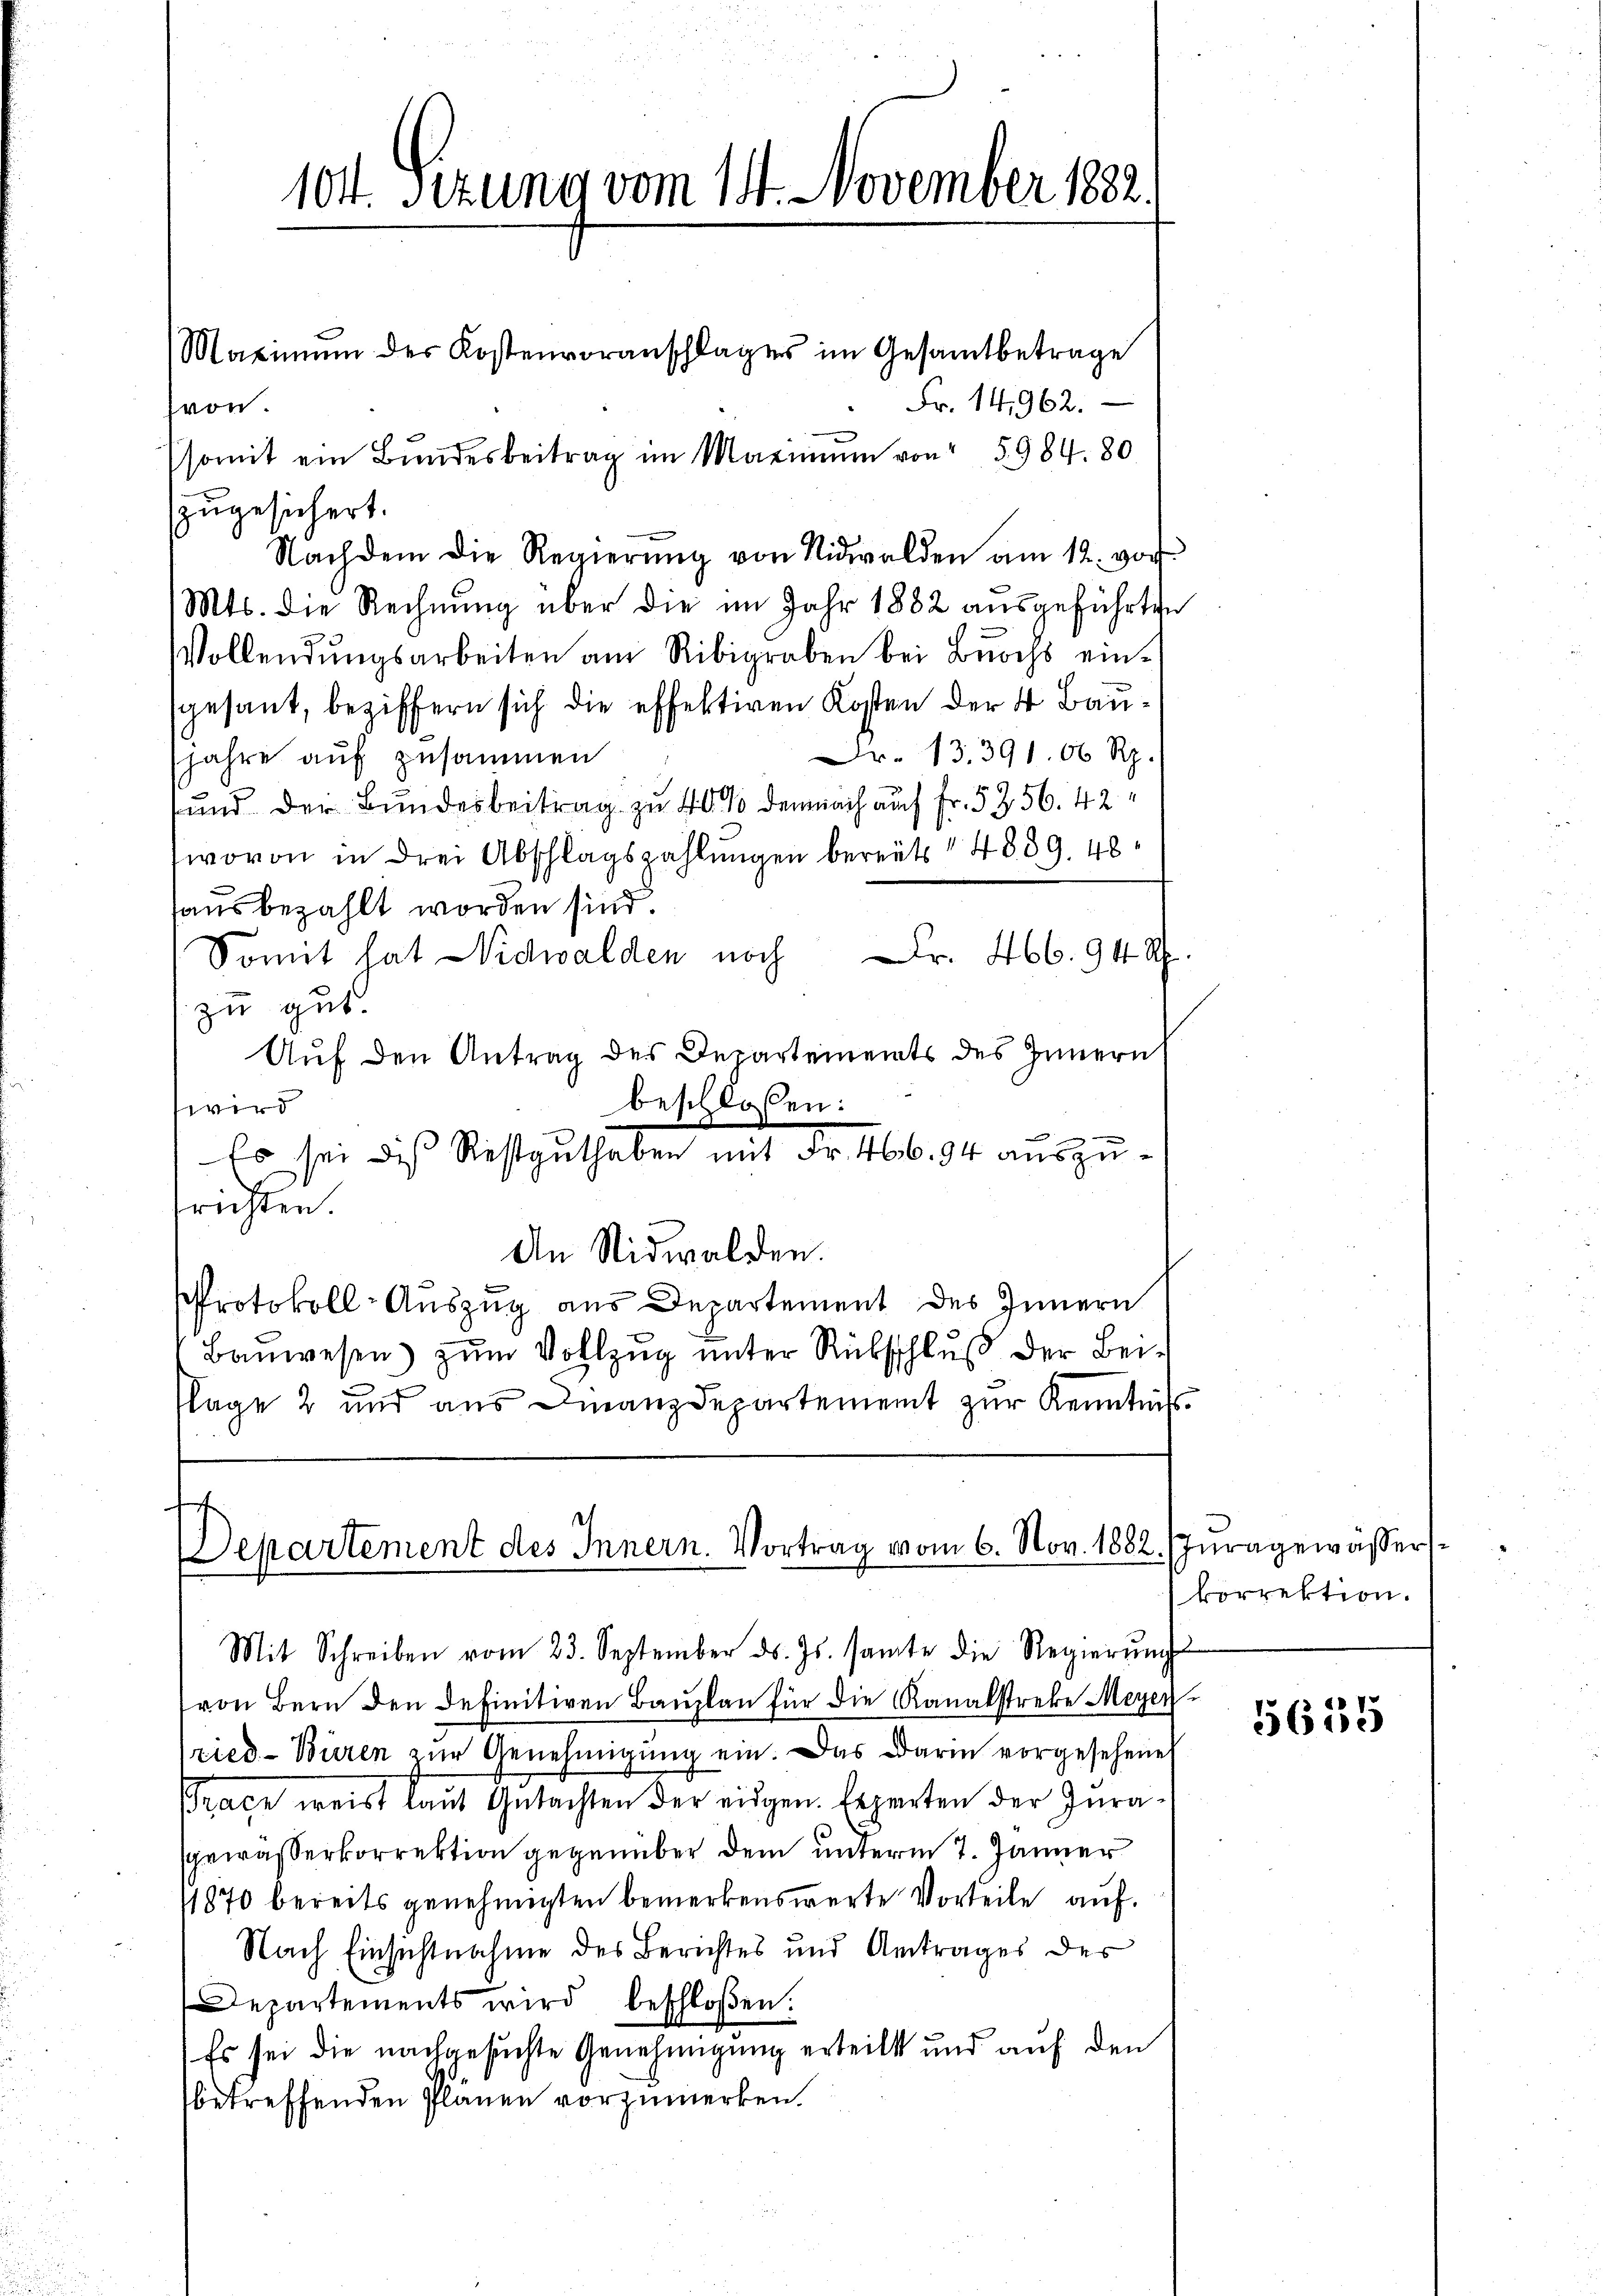
104. Sizung vom 14. November 1882.

Maximŭm der Kostenvoranschlages im Gesamtbetrage

1
epartement des Innern. Vortrag vom 6. Nov. 1882. Juragewässers

Fr. 14,962.
von.
somit ein Bundesbeitrag im Marinum von 5. 984. 80
zugesichert.
Nachdem die Regierŭng von Nidwalden am 12. vor.
Mts. die Rechnung über die im Jahr 1882 ausgeführten
Vollendŭngsarbeiten am Ribigraben bei Bŭochs ein-
gesant, beziffern sich die effektiven Kosten der 4 Bau¬
Fr. 13. 391. 66 Rp.
jahre auf zusammen
und der Bundesbeitrag zu 40% demnach auf Fr. 5256. 42
wovon in drei Abschlagszahlungen bereits 14889. 48
haus bezahlt worden sind.
Somit hat Nidwalden noch Fr. 466. 94 Rp.
zu gut.
Auf den Antrag des Departements des Innern
beschlossen:
wird
.
Es sei dis Restguthaben mit Fr. 466.94 auszufrichten.
An Nidwalden.
Protokoll-Auszug aus Departement des Innern
Baŭwesen zum Vollzug unter Rückschluß der Beiflage 2 und aus Finanzdepartement zur Kenntniß

Mit Schreiben vom 23. September ds. Js. samte die Regierŭng
von Bern den definitiven Bauplan für die Kanalstreke Meyerried-Büren zur Genehmigung ein. Das Darin vorgesehene
Trace weist laut Gutachten der eidgen. Experten der Jura
sgewasserkorrektion gegenüber dem unterm 7. Jänner
11870 bereits genehmigten bemerkenswerte Vorteile auf.
Nach Einsichtnahme des Berichtes und Antrages des
Departements wird beschloßen:
Es sei die nachgesuchte Genehmigung erteilt und auf den
betreffenden Planen vorzumerken.

korrektion.

5635